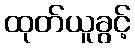
ထုတ်ယူခွင့်